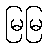
မြမြ